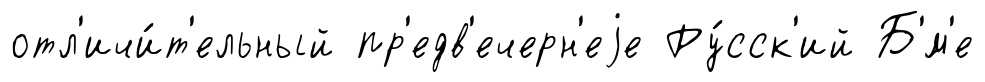
отл'ичи́т'ельный пр'едв'ечерн'еjе Ру́сск'ий Б'́м'е